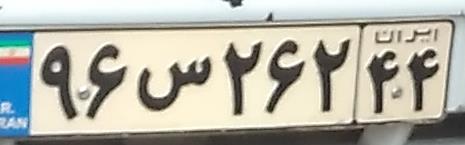
۹۶س۲۶۲۴۴